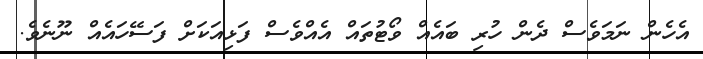
އެހެން ނަމަވެސް ދެން ހުރި ބައެއް ވޯޓުތައް އެއްވެސް ފަޅިއަކަށް ފަސޭހައެއް ނޫނެވެ.